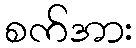
စက်အား